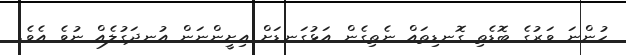
ހުންނަ ވަރުގެ ބޮޑެތި ގޮނޑިތައް ނެތިގެން އަޅުގަނޑަށް އިށީންނަން އުނދަގުލެއް ނުވެ އެވެ.